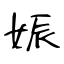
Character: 娠